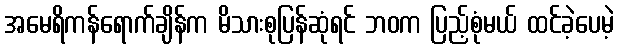
အမေရိကန်ရောက်ချိန်က မိသားစုပြန်ဆုံရင် ဘဝက ပြည့်စုံမယ် ထင်ခဲ့ပေမဲ့